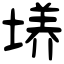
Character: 𡏆